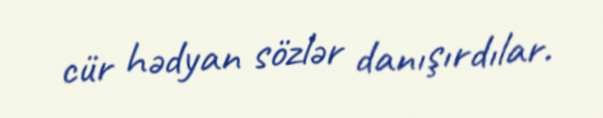
cür hədyan sözlər danışırdılar.